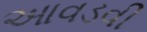
આવડવી